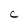
Character: C